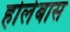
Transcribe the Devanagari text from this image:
होलेबास